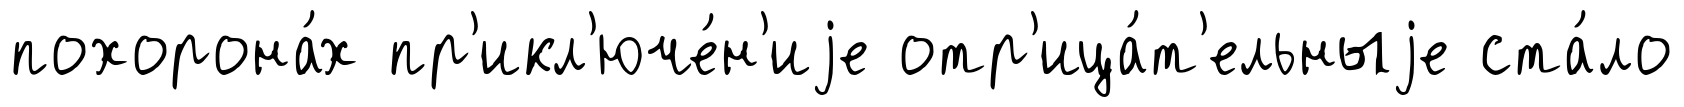
похорона́х пр'икл'юче́н'иjе отр'ица́т'ельныjе ста́ло